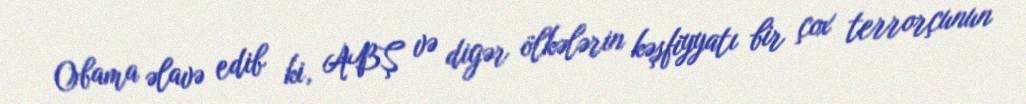
Obama əlavə edib ki, ABŞ və digər ölkələrin kəşfiyyatı bir çox terrorçunun